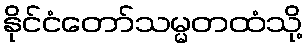
နိုင်ငံတော်သမ္မတထံသို့